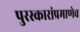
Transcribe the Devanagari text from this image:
पुरस्कारांप्रमाणेच